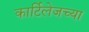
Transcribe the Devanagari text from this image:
कार्टिलेजच्या